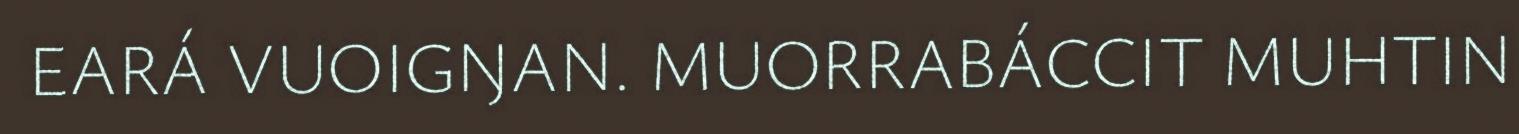
EARÁ VUOIGŊAN. MUORRABÁCCIT MUHTIN